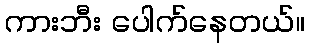
ကားဘီး ပေါက်နေတယ်။